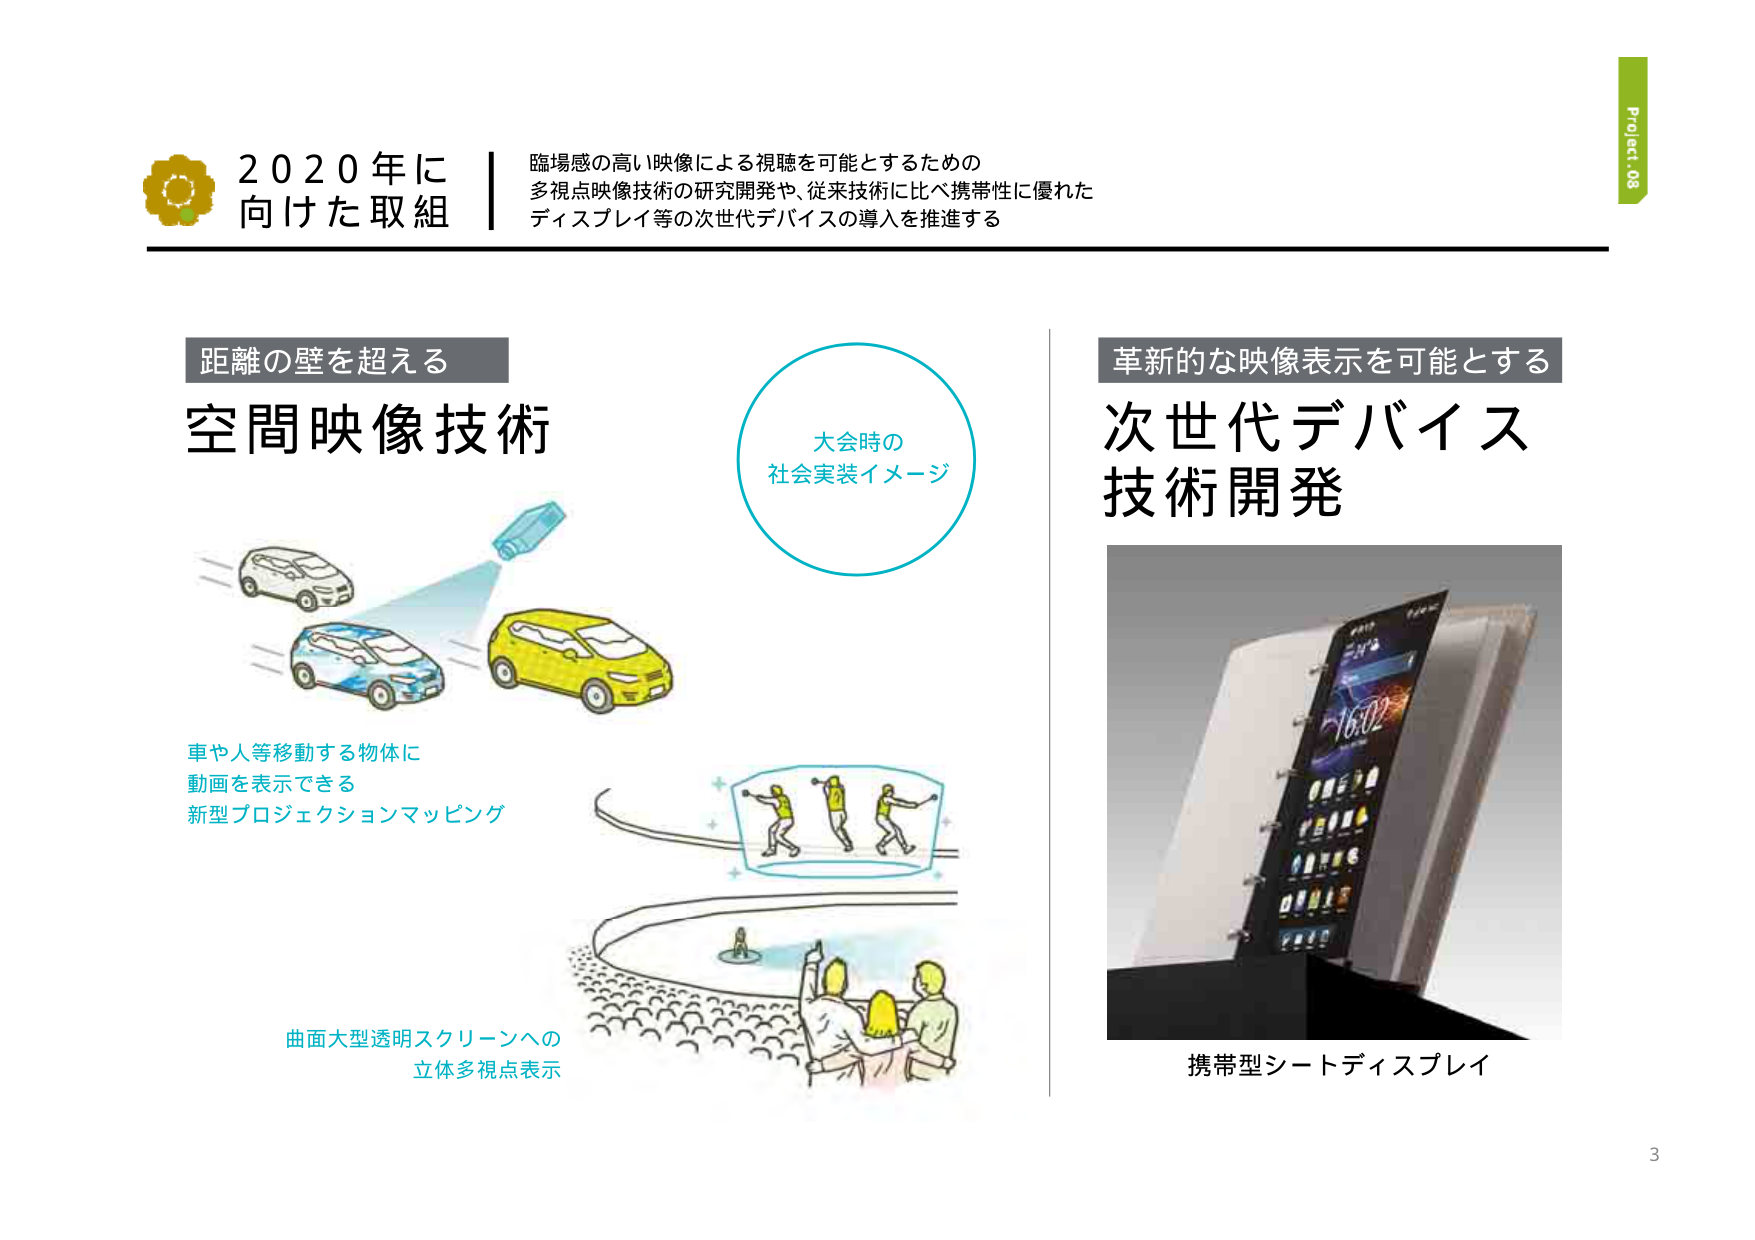
Project_08
2020年に
向けた取組
臨場感の高い映像による視聴を可能とするための
多視点映像技術の研究開発や、従来技術に比べ携帯性に優れた
ディスプレイ等の次世代デバイスの導入を推進する

距離の壁を超える
空間映像技術
大会時の
社会実装イメージ
車や人等移動する物体に
動画を表示できる
新型プロジェクションマッピング
曲面大型透明スクリーンへの
立体多視点表示

革新的な映像表示を可能とする
次世代デバイス
技術開発
携帯型シートディスプレイ
3